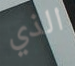
الذي